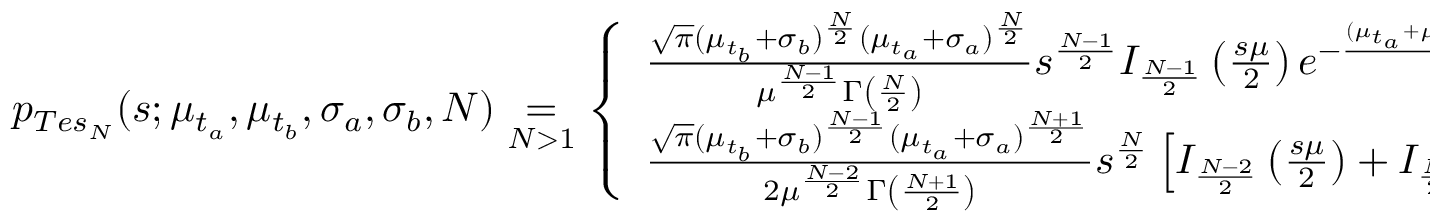
\begin{array} { r } { p _ { T e s _ { N } } ( s ; \mu _ { t _ { a } } , \mu _ { t _ { b } } , \sigma _ { a } , \sigma _ { b } , N ) \underset { N > 1 } { = } \left\lbrace \begin{array} { l l l } { \frac { \sqrt { \pi } ( \mu _ { t _ { b } } + \sigma _ { b } ) ^ { \frac { N } { 2 } } ( \mu _ { t _ { a } } + \sigma _ { a } ) ^ { \frac { N } { 2 } } } { \mu ^ { \frac { N - 1 } { 2 } } \Gamma \left( \frac { N } { 2 } \right) } s ^ { \frac { N - 1 } { 2 } } I _ { \frac { N - 1 } { 2 } } \left( \frac { s \mu } { 2 } \right) e ^ { - \frac { ( \mu _ { t _ { a } } + \mu _ { t _ { b } } + \sigma _ { a } + \sigma _ { b } ) } { 2 } s } } & { N ~ \mathrm { e v e n } } \\ { \frac { \sqrt { \pi } ( \mu _ { t _ { b } } + \sigma _ { b } ) ^ { \frac { N - 1 } { 2 } } ( \mu _ { t _ { a } } + \sigma _ { a } ) ^ { \frac { N + 1 } { 2 } } } { 2 \mu ^ { \frac { N - 2 } { 2 } } \Gamma \left( \frac { N + 1 } { 2 } \right) } s ^ { \frac { N } { 2 } } \left[ I _ { \frac { N - 2 } { 2 } } \left( \frac { s \mu } { 2 } \right) + I _ { \frac { N } { 2 } } \left( \frac { s \mu } { 2 } \right) \right] e ^ { - \frac { ( \mu _ { t _ { a } } + \mu _ { t _ { b } } + \sigma _ { a } + \sigma _ { b } ) } { 2 } s } } & { N ~ \mathrm { o d d } \, . } \end{array} \right. } \end{array}